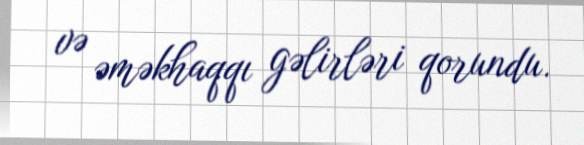
və əməkhaqqı gəlirləri qorundu.